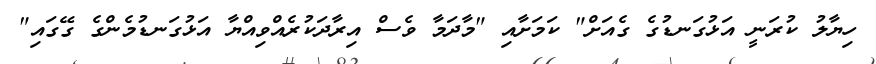
ހިޔާލު ކުރަނީ އަޅުގަނޑުގެ ގެއަށް" ކަމަށާއި "މާދަމާ ވެސް އިރާދަކުރެއްވިއްޔާ އަޅުގަނޑުމެންގެ ގޭގައި"